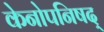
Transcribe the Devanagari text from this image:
केनोपनिषद्